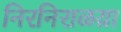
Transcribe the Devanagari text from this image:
निरनिराळय़ा